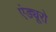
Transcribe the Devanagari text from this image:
एंड्यूरो